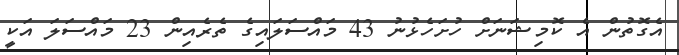
އެގޮތުން އެ ކޮމިޝަނަށް ހުށަހެޅުނު 43 މައްސަލައިގެ ތެރެއިން 23 މައްސަލަ އަކީ